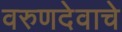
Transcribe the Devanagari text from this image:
वरुणदेवाचे